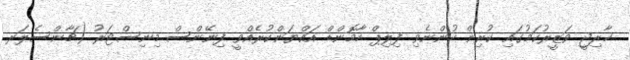
ޚާރިޖީ ވަޒީރުކަމުގައި ކުރިން ހުންނެވި ފިލިޕް ހާމޮންޑް އައްޔަންކުރެއްވީ ފިނޭންސް މިނިސްޓަރު (ޗާންސެލަރ